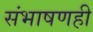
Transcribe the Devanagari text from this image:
संभाषणही